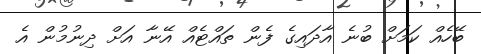
ބޭހެއް ކަމަށް ބުނެ އާދައިގެ ފެން ތައްޓެއް އޭނާ އަށް ދިނުމުން އެ